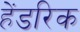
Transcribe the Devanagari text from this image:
हेंडरिक